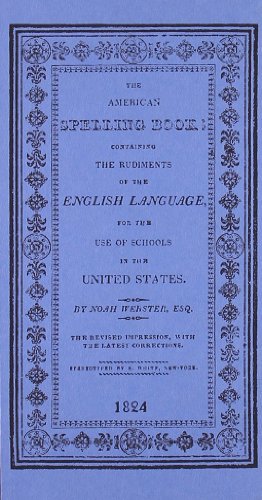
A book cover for American Spelling Book; Noah Webster; Reference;